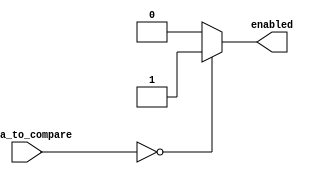
module Zero_Detector	#(parameter DATA_SIZE = 11)(
		input [DATA_SIZE - 1 : 0] data_to_compare,
		output 					 			enabled
    );
	 
	 assign enabled = (data_to_compare == 0)?(1):(0);

endmodule